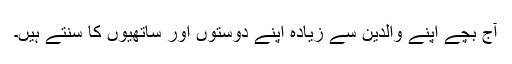
آج بچّے اپنے والدین سے زیادہ اپنے دوستوں اور ساتھیوں کا سنتے ہیں۔